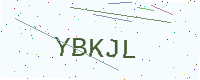
Text: YBKJL